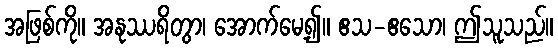
အဖြစ်ကို။ အနုဿရိတွာ၊ အောက်မေ့၍။ ဧသ-ဧသော၊ ဤသူသည်။